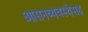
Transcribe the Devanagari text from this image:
आसनव्यवस्थेसह